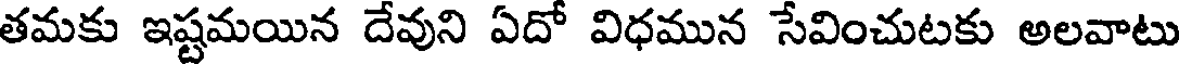
తమకు ఇష్టమయిన దేవుని ఏదో విధమున సేవించుటకు అలవాటు